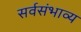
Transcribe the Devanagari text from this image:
सर्वसंभाव्य